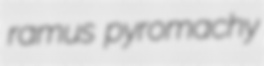
ramus pyromachy